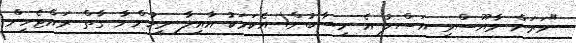
"ވަރަށް މާޔޫސްވި އަސްލު އެ ހިސާބުން! އެކަމަކު އާއިލާ މީހުންނާ ގާތް ރައްޓެހިން